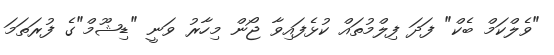
"ވެލްކަމް ބެކް" ފަދަ ފިލްމުތައް ކުޅެފައިވާ ޖޯން މިހާރު ވަނީ "ޑިޝޫމް"ގެ ފުރަތަމަ